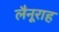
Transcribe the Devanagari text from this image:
लैनूराह